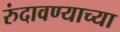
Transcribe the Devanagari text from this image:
रुंदावण्याच्या